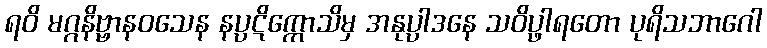
ရဝိ မဂ္ဂနိဗ္ဗာနဝသေန နပ္ပဋိက္ကောသိမှ အနုပ္ပါဒနေ သဝိပ္ဖါရတော ပုရိသဘာဂေါ